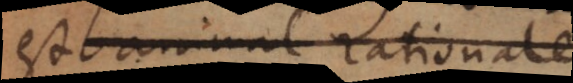
quod animal rationale,